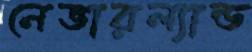
নেভারল্যান্ড